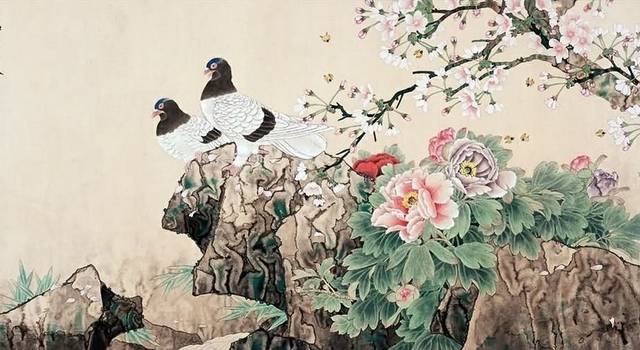
淇则有岸，隰则有泮。